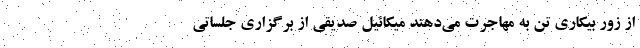
از زور بیکاری تن به مهاجرت می‌دهند میکائیل صدیقی از برگزاری جلساتی